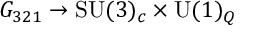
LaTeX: { \cal G } _ { 3 2 1 } \rightarrow \mathrm { S U } ( 3 ) _ { c } \times \mathrm { U } ( 1 ) _ { \cal Q }